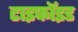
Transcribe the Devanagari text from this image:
टाइफॉइड